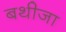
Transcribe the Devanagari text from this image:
बथीजा